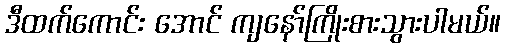
ဒီထက်ကောင်း အောင် ကျနော်ကြိုးစားသွားပါမယ်။